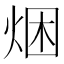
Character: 焑